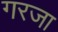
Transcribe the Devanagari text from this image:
गरजा